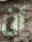
أن